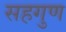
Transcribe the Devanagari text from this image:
सहगुण